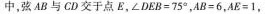
中，弦AB与CD交于点E，$$∠DEB